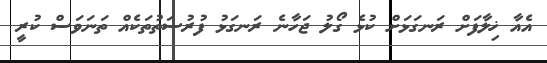
އެއާ ޚިލާފަށް ރަނގަޅަށް ކުޅެ ގޯލު ޖަހާނެ ރަނގަޅު ފުރުސަތުތަކެއް ތަނަވަސް ކުރީ